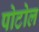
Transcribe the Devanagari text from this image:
पोटोल